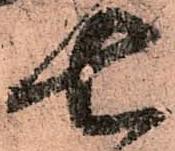
七